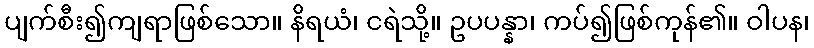
ပျက်စီး၍ကျရာဖြစ်သော။ နိရယံ၊ ငရဲသို့။ ဥပပန္နာ၊ ကပ်၍ဖြစ်ကုန်၏။ ဝါပန၊